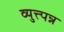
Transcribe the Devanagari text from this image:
व्युत्त्पन्न